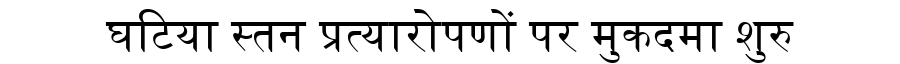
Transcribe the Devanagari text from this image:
घटिया स्तन प्रत्यारोपणों पर मुकदमा शुरु